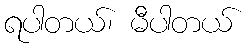
ရပါတယ်၊ မီပါတယ်